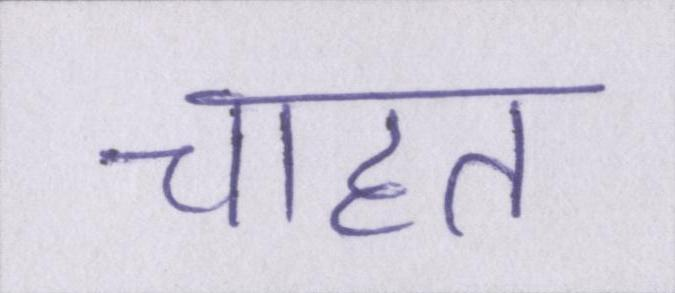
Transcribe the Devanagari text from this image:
चाहत